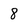
Character: 8